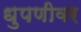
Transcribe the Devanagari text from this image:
धुपणीवर